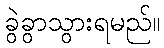
ခွဲခွာသွားရမည်။